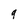
Character: g